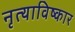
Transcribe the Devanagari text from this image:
नृत्याविष्कार